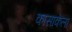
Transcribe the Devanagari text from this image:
कासाकेला